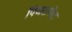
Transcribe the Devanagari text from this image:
पिंजरापोल